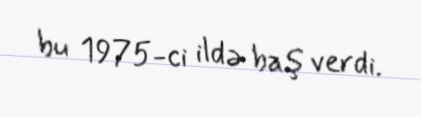
bu 1975-ci ildə baş verdi.